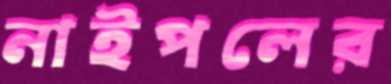
নাইপলের